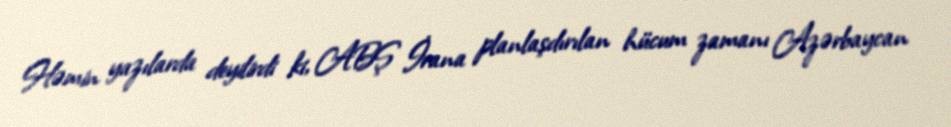
Həmin yazılarda deyilirdi ki, ABŞ İrana planlaşdırılan hücum zamanı Azərbaycan